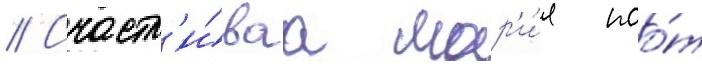
// Счастл'и́ваа мар'и́я поо́т